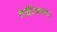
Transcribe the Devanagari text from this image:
लछीयस्रय।